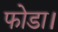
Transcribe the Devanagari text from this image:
फोडा।